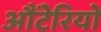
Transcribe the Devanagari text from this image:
औंटेरियो